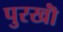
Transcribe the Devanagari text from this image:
पुरखॊं